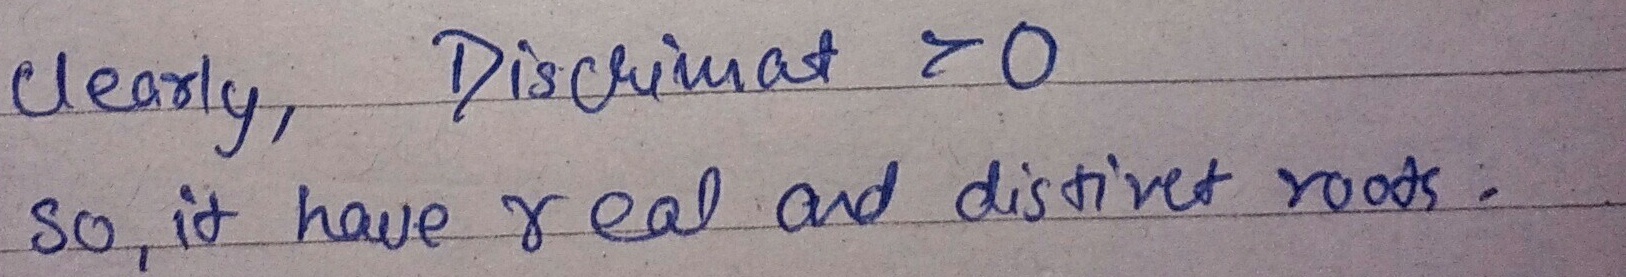
Clearly, Discriminant \(> 0\). So, it has real and distinct roots.